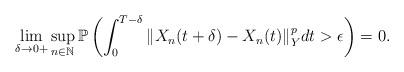
LaTeX: \begin{align*}\lim_{\delta\rightarrow 0+} \sup_{n\in\mathbb{N}} \mathbb{P} \left( \int_0^{T-\delta} \Vert X_n (t+\delta) - X_n (t) \Vert_Y^p dt > \epsilon \right) = 0 .\end{align*}